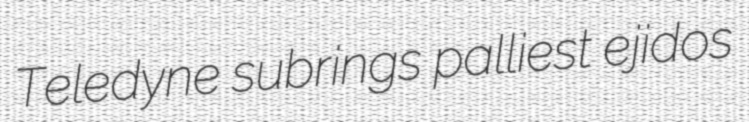
Teledyne subrings palliest ejidos